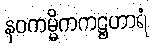
နဝကမ္မိကကဋ္ဌဟာရံ